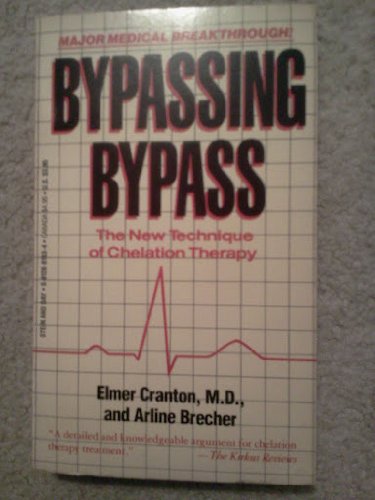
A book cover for Bypassing Bypass - the New Technique of Chelation Therapy; Elmer Cranton and Arline Brecher; Health, Fitness & Dieting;